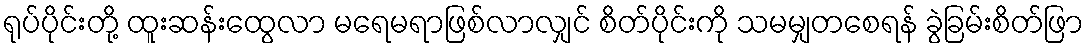
ရုပ်ပိုင်းတို့ ထူးဆန်းထွေလာ မရေမရာဖြစ်လာလျှင် စိတ်ပိုင်းကို သမမျှတစေရန် ခွဲခြမ်းစိတ်ဖြာ